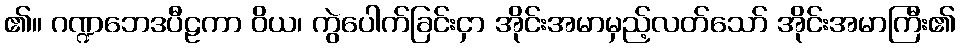
၏။ ဂဏ္ဍဘေဒပီဠကာ ဝိယ၊ ကွဲပေါက်ခြင်းငှာ အိုင်းအမာမှည့်လတ်သော် အိုင်းအမာကြီး၏